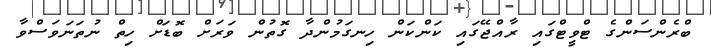
ބްރެންސަންގެ ޓްވީޓްގައި ރާއްޖޭގައި ކަންކަން ހިނގަމުންދާ ގޮތުން ވަރަށް ބޮޑަށް ހިތް ނުތަނަވަސްވާ